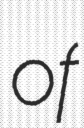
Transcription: of